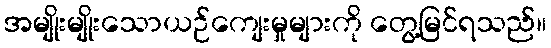
အမျိုးမျိုးသောယဉ်ကျေးမှုများကို တွေ့မြင်ရသည်။